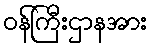
ဝန်ကြီးဌာနအား